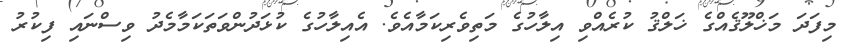
މިފަދަ މަޚްލޫޤެއްގެ ޚަލްޤު ކުރެއްވި އިލާހުގެ މަތިވެރިކަމާއެވެ. އެއިލާހުގެ ކުޅަދުންވަތަކަމާމެދު ވިސްނައި ފިކުރު